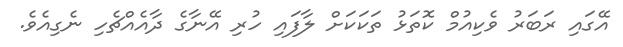
އޭގައި ރަބަރު ވެކިއުމް ކޮތަޅު ތަކަކަށް ލާފައި ހުރި އޭނާގެ ދާއެއްޗެހި ނެގިއެވެ.